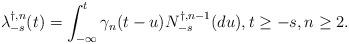
LaTeX: \begin{align*}\lambda_{-s}^{\dagger,n}(t)=\int_{-\infty}^{t}\gamma_{n}(t-u)N^{\dagger,n-1}_{-s}(du),t\geq -s, n\geq 2.\end{align*}